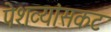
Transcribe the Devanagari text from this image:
पेशव्यांसकट